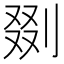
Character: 剟